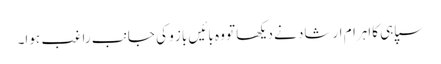
سپاہی کااہرام ارشاد نے دیکھا تو وہ بائیں باز و کی جانب راغب ہوا۔